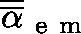
\overline { { \overline { { \mathbf { \alpha } } } } } _ { \mathrm { ~ e ~ m ~ } }